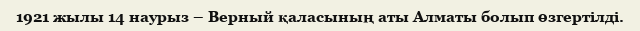
1921 жылы 14 наурыз – Верный қаласының аты Алматы болып өзгертілді.